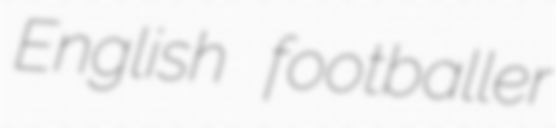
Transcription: English footballer